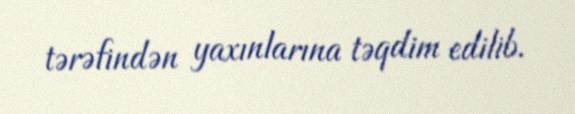
tərəfindən yaxınlarına təqdim edilib.